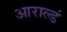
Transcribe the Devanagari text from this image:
आराल्डं